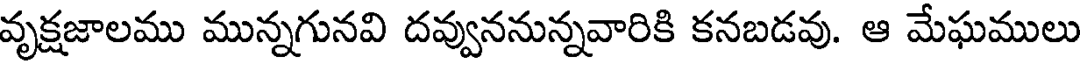
వృక్షజాలము మున్నగునవి దవ్వుననున్నవారికి కనబడవు. ఆ మేఘములు